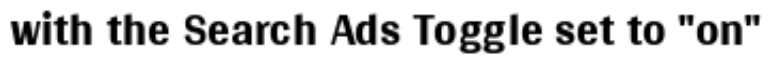
with the Search Ads Toggle set to "on"